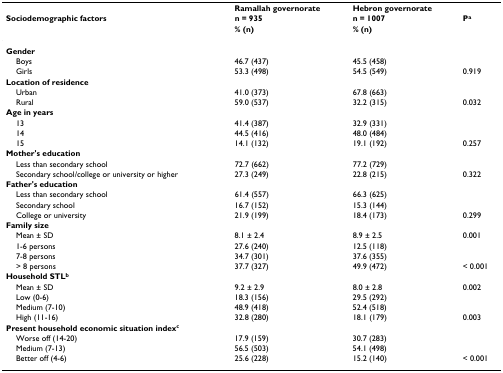
<table><thead><tr><td></td><td><b>Ramallah governorate</b></td><td><b>Hebron governorate</b></td><td></td></tr><tr><td><b>Sociodemographic factors</b></td><td><b>n = 935</b></td><td><b>n = 1007</b></td><td><b>P<sup>a</sup></b></td></tr><tr><td></td><td><b>% (n)</b></td><td><b>% (n)</b></td><td></td></tr></thead><tbody><tr><td><b>Gender</b></td><td></td><td></td><td></td></tr><tr><td> Boys</td><td>46.7 (437)</td><td>45.5 (458)</td><td></td></tr><tr><td> Girls</td><td>53.3 (498)</td><td>54.5 (549)</td><td>0.919</td></tr><tr><td><b>Location of residence</b></td><td></td><td></td><td></td></tr><tr><td> Urban</td><td>41.0 (373)</td><td>67.8 (663)</td><td></td></tr><tr><td> Rural</td><td>59.0 (537)</td><td>32.2 (315)</td><td>0.032</td></tr><tr><td><b>Age in years</b></td><td></td><td></td><td></td></tr><tr><td> 13</td><td>41.4 (387)</td><td>32.9 (331)</td><td></td></tr><tr><td> 14</td><td>44.5 (416)</td><td>48.0 (484)</td><td></td></tr><tr><td> 15</td><td>14.1 (132)</td><td>19.1 (192)</td><td>0.257</td></tr><tr><td><b>Mother&#x27;s education</b></td><td></td><td></td><td></td></tr><tr><td> Less than secondary school</td><td>72.7 (662)</td><td>77.2 (729)</td><td></td></tr><tr><td> Secondary school/college or university or higher</td><td>27.3 (249)</td><td>22.8 (215)</td><td>0.322</td></tr><tr><td><b>Father&#x27;s education</b></td><td></td><td></td><td></td></tr><tr><td> Less than secondary school</td><td>61.4 (557)</td><td>66.3 (625)</td><td></td></tr><tr><td> Secondary school</td><td>16.7 (152)</td><td>15.3 (144)</td><td></td></tr><tr><td> College or university</td><td>21.9 (199)</td><td>18.4 (173)</td><td>0.299</td></tr><tr><td><b>Family size</b></td><td></td><td></td><td></td></tr><tr><td> Mean ± SD</td><td>8.1 ± 2.4</td><td>8.9 ± 2.5</td><td>0.001</td></tr><tr><td> 1-6 persons</td><td>27.6 (240)</td><td>12.5 (118)</td><td></td></tr><tr><td> 7-8 persons</td><td>34.7 (301)</td><td>37.6 (355)</td><td></td></tr><tr><td> &gt; 8 persons</td><td>37.7 (327)</td><td>49.9 (472)</td><td>&lt; 0.001</td></tr><tr><td><b>Household STL<sup>b</sup></b></td><td></td><td></td><td></td></tr><tr><td> Mean ± SD</td><td>9.2 ± 2.9</td><td>8.0 ± 2.8</td><td>0.002</td></tr><tr><td> Low (0-6)</td><td>18.3 (156)</td><td>29.5 (292)</td><td></td></tr><tr><td> Medium (7-10)</td><td>48.9 (418)</td><td>52.4 (518)</td><td></td></tr><tr><td> High (11-16)</td><td>32.8 (280)</td><td>18.1 (179)</td><td>0.003</td></tr><tr><td><b>Present household economic situation index<sup>c</sup></b></td><td></td><td></td><td></td></tr><tr><td> Worse off (14-20)</td><td>17.9 (159)</td><td>30.7 (283)</td><td></td></tr><tr><td> Medium (7-13)</td><td>56.5 (503)</td><td>54.1 (498)</td><td></td></tr><tr><td> Better off (4-6)</td><td>25.6 (228)</td><td>15.2 (140)</td><td>&lt; 0.001</td></tr></tbody></table>